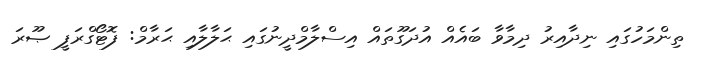
ތިންމަހުގައި ނިދާއިރު ދިމާވާ ބައެއް އުދަގޫތައް އިސްލާމްދީނުގައި ޙަލާލާއި ޙަރާމް: ފޮޓޯގްރަފީ ޞޫރަ